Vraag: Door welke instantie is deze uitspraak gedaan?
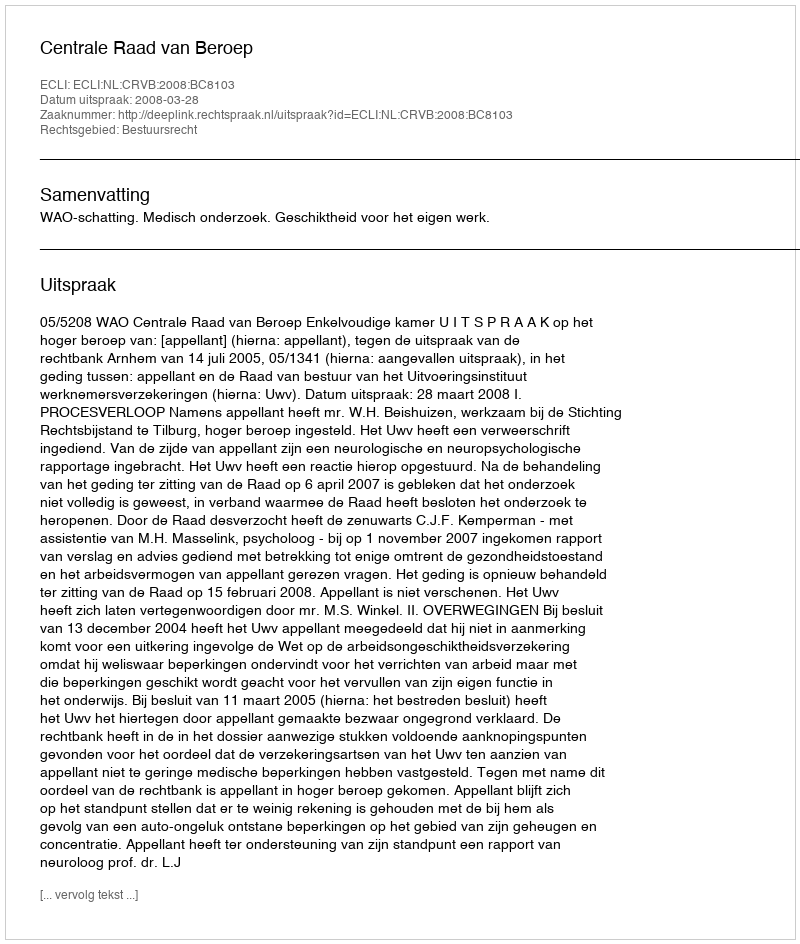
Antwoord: Centrale Raad van Beroep